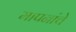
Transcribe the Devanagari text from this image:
मापनांचे